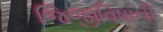
જિજીવિષાની